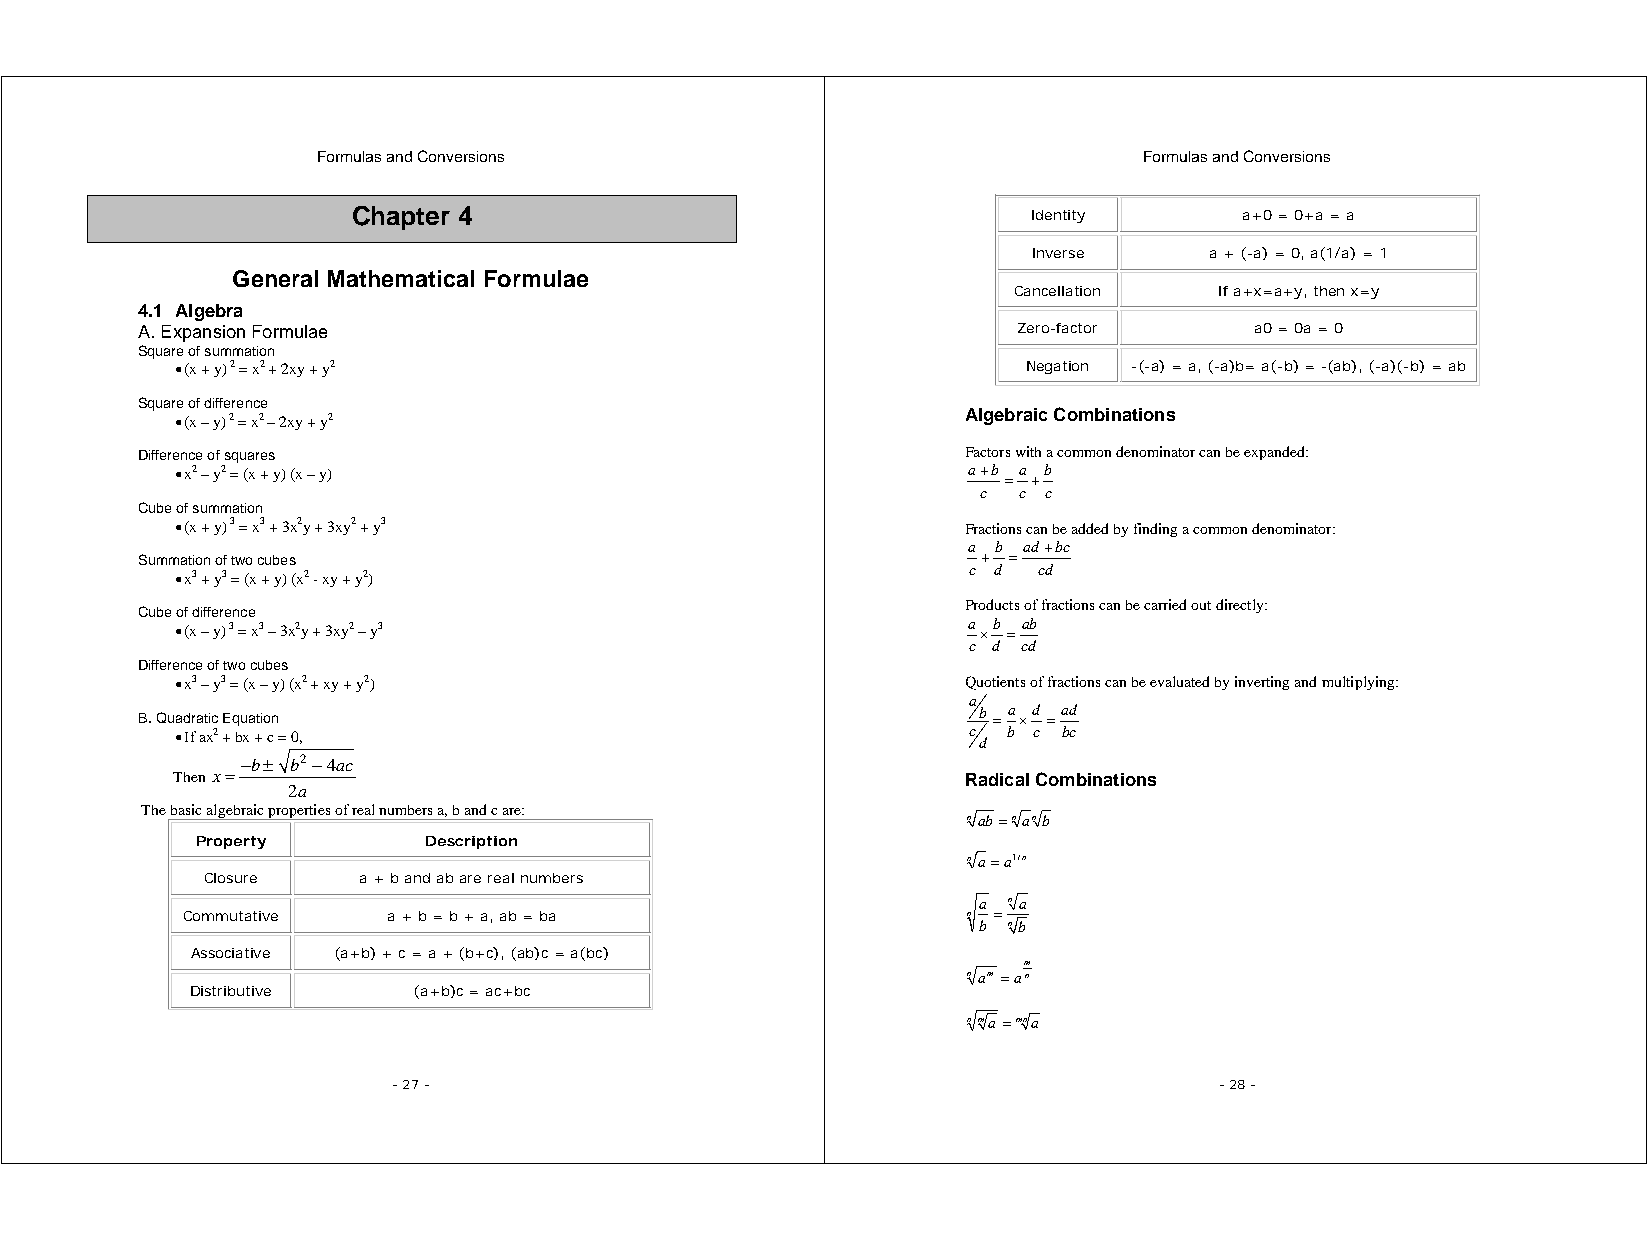
Formulas and Conversions                               Formulas and Conversions
 Chapter 4                                    Identity      a+0 = 0+a = a
 Inverse     a + (-a) = 0, a(1/a) = 1
 General Mathematical Formulae
 Cancellation  If a+x=a+y, then x=y
 4.1 Algebra
 A. Expansion Formulae                                     Zero-factor     a0 = 0a = 0
 Square of summation
 • (x + y) 2 = x2 + 2xy + y2                             Negation -(-a) = a, (-a)b= a(-b) = -(ab), (-a)(-b) = ab
 Square of difference
 • (x – y) 2 = x2 – 2xy + y2                         Algebraic Combinations
 Difference of squares                                  Factors with a common denominator can be expanded:
 • x2 – y2 = (x + y) (x – y)                         a+b =a +b
 c c c
 Cube of summation
 • (x + y) 3 = x3 + 3x2y + 3xy2 + y3                 Fractions can be added by finding a common denominator:
 a b ad+bc
 Summation of two cubes                                  + =
 c d  cd
 • x3 + y3 = (x + y) (x2 - xy + y2)
 Products of fractions can be carried out directly:
 Cube of difference
 • (x – y) 3 = x3 – 3x2y + 3xy2 – y3                 a ×b =ab
 c d cd
 Difference of two cubes
 • x3 – y3 = (x – y) (x2 + xy + y2)                  Quotients of fractions can be evaluated by inverting and multiplying:
 a
 B. Quadratic Equation                                   b =a ×d =ad
 • If ax2 + bx + c = 0,                              c d b c bc
 −b± b2−4ac
 Then x=                                              Radical Combinations
 2a
 The basic algebraic properties of real numbers a, b and c are:
 nab=nanb
 Property       Description
 na=a1/n
 Closure   a + b and ab are real numbers
 a na
 Commutative   a + b = b + a, ab = ba                n =
 b nb
 Associative (a+b) + c = a + (b+c), (ab)c = a(bc)
 m
 nam =an
 Distributive  (a+b)c = ac+bc
 nma =mna
 - 27 -                                                 - 28 -